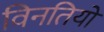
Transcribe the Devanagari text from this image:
विनतियों